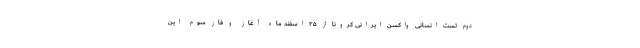
دوم تست انسانی واکسن ایرانی کرونا از ۲۵ اسفند ماه آغاز و فاز سوم این